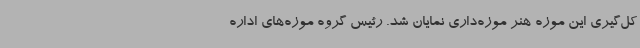
کل‌گیری این موزه هنر موزه‌داری نمایان شد. رئیس گروه موزه‌های اداره